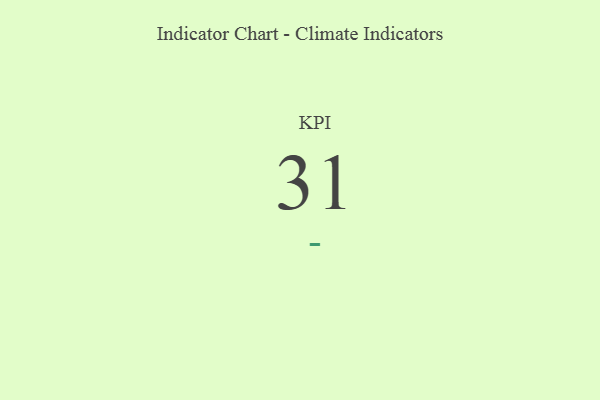
{"axis": {"x": "KPI", "y": "Value"}, "legend": [""], "data": [{"x": "KPI", "y": 31, "type": ""}]}